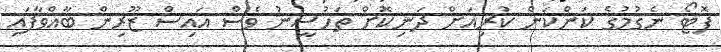
ފޮޓޯ ނެގުމުގެ ކަންކަން ކުރިއަށް ދަނިކޮށް ތަހުސީނު ވެސް އައިސް ޒޫރިން ބާއްވާފައި